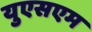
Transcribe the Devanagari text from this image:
युएसएम